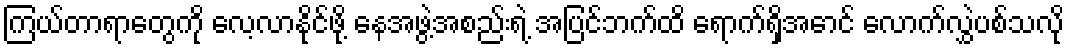
ကြယ်တာရာတွေကို လေ့လာနိုင်ဖို့ နေအဖွဲ့အစည်းရဲ့ အပြင်ဘက်ထိ ရောက်ရှိအောင် လောက်လွှဲပစ်သလို